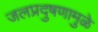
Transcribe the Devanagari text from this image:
जलप्रदुषणामुळे